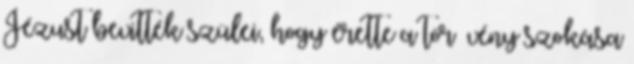
Jézust bevitték szülei, hogy érette a tör− vény szokása